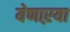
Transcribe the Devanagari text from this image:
येणाऱया